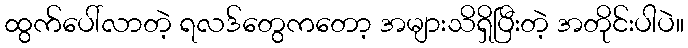
ထွက်ပေါ်လာတဲ့ ရလဒ်တွေကတော့ အများသိရှိပြီးတဲ့ အတိုင်းပါပဲ။